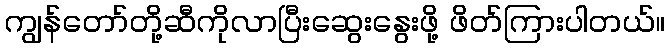
ကျွန်တော်တို့ဆီကိုလာပြီးဆွေးနွေးဖို့ ဖိတ်ကြားပါတယ်။